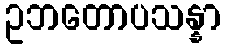
ဥဘတောပသန္နာ